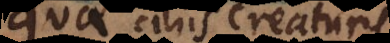
quae aliis creaturis